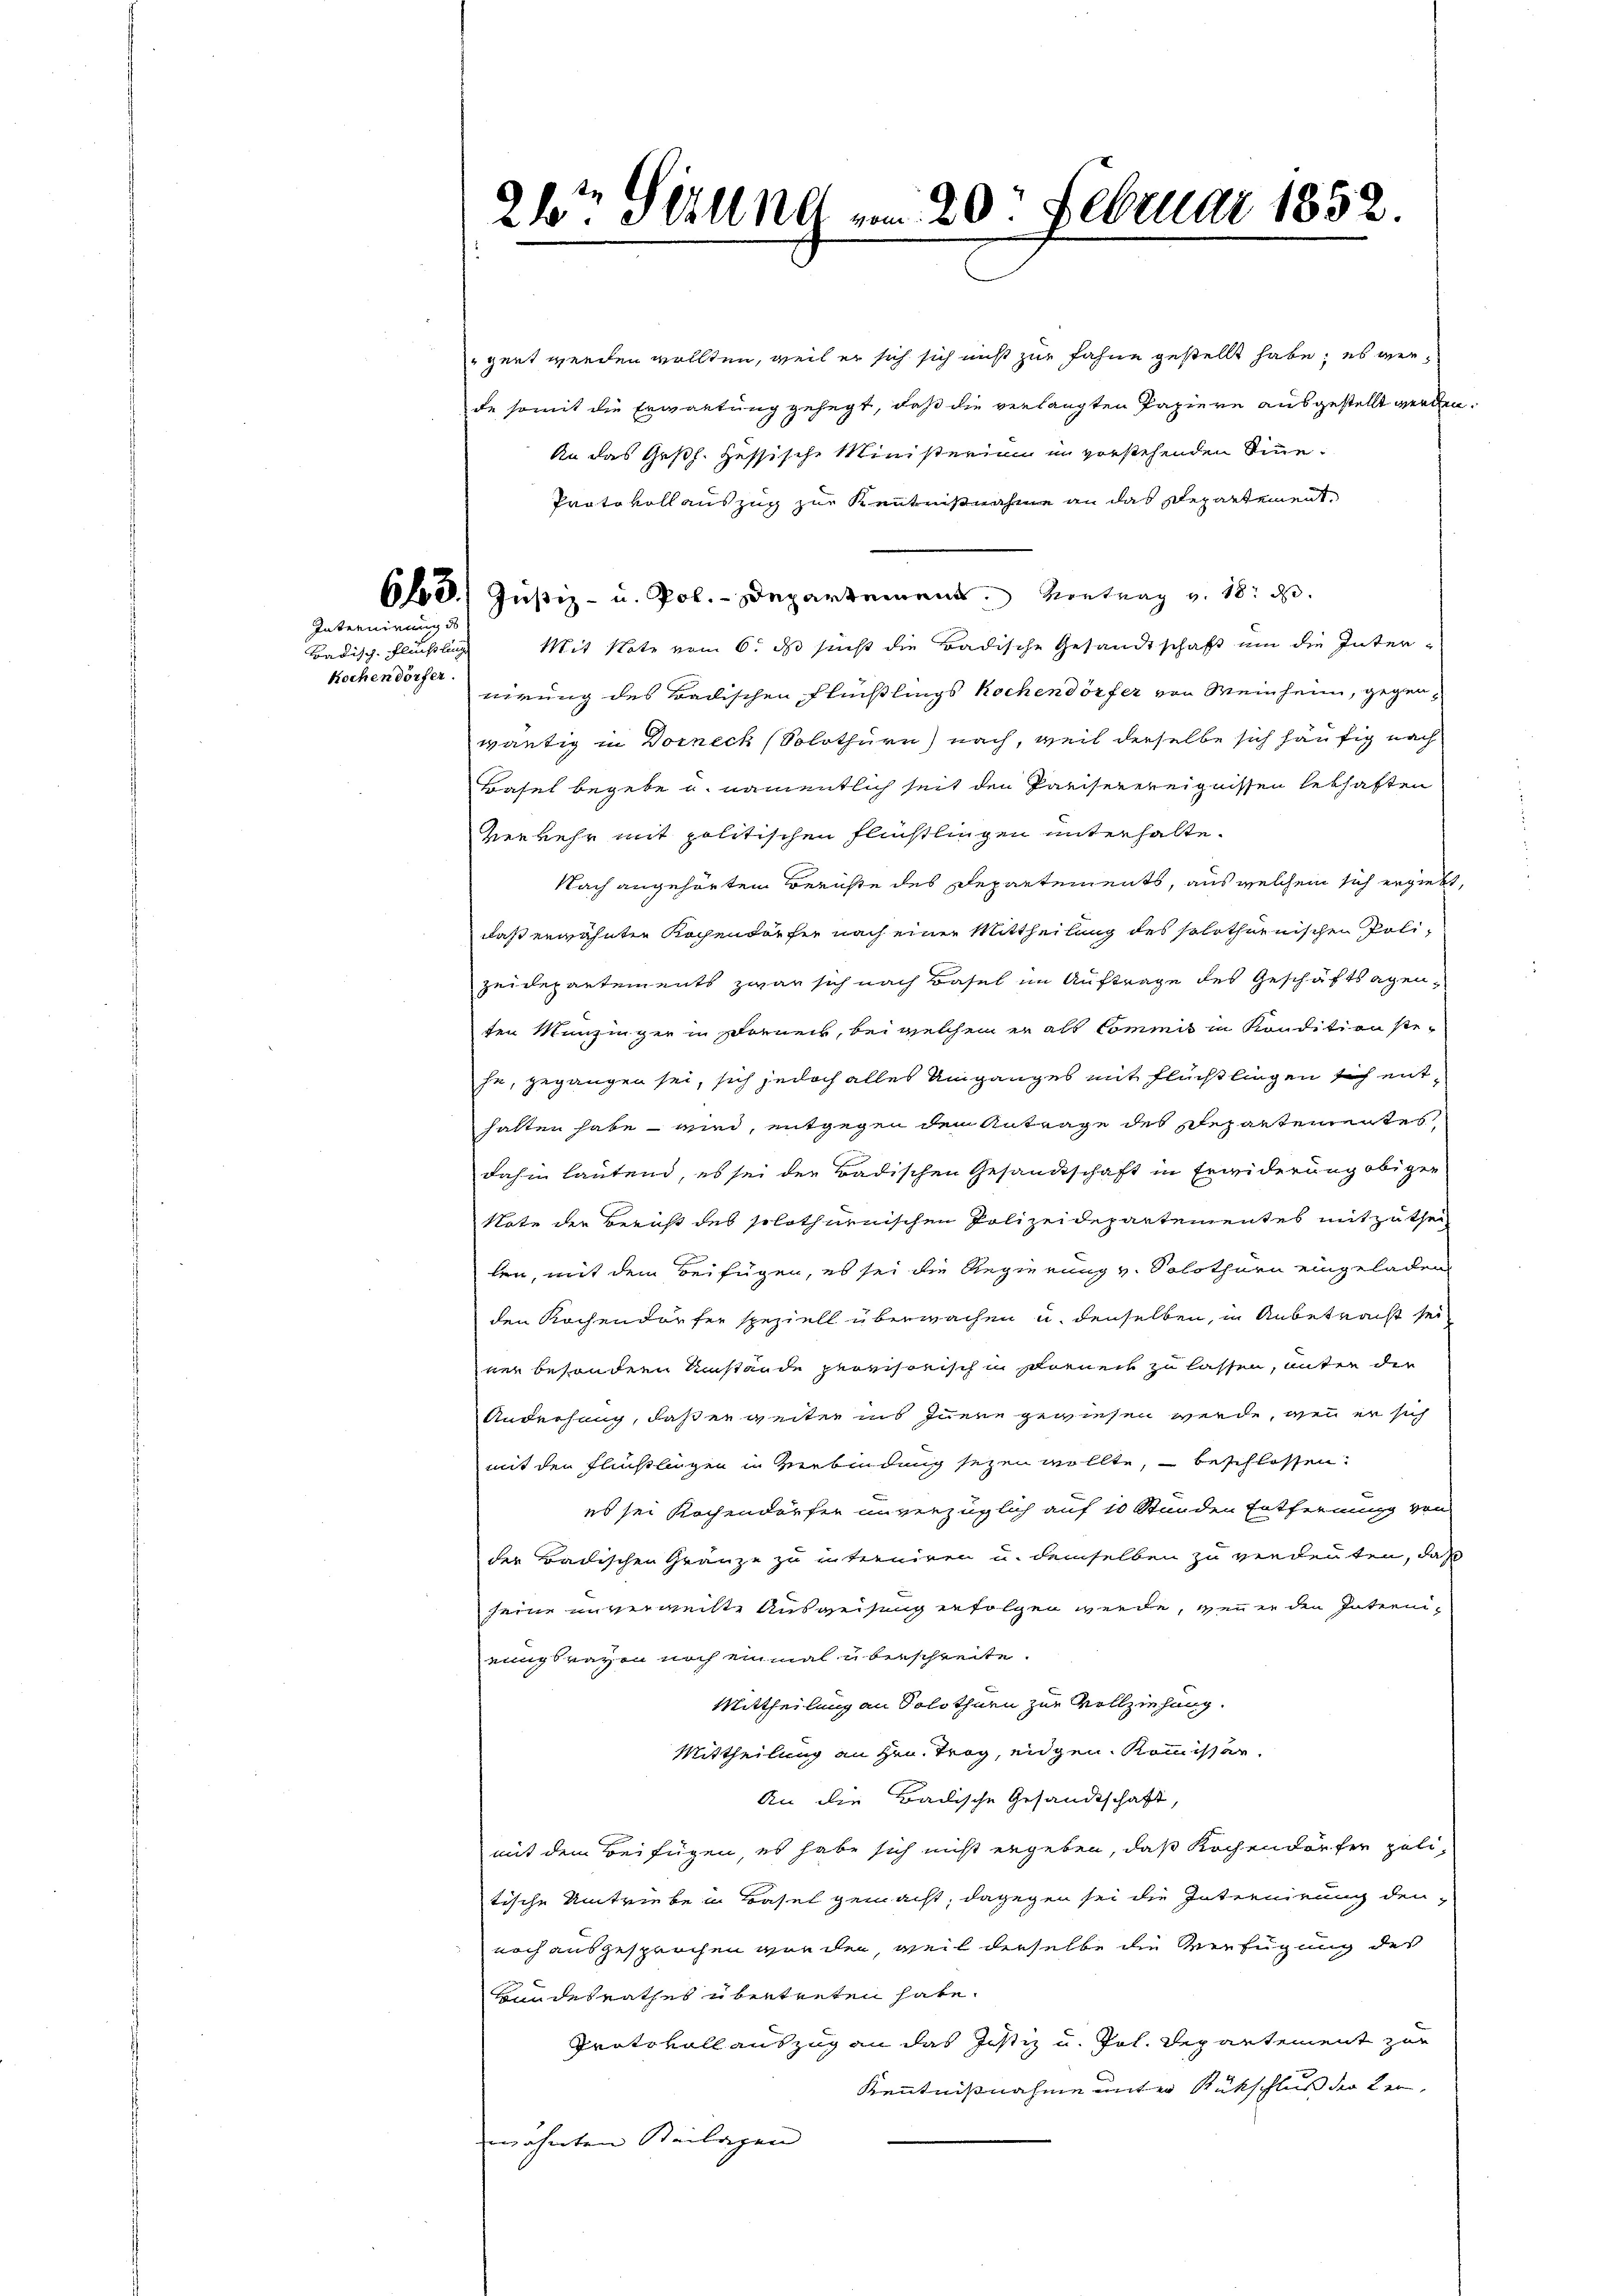
Internirung

Badisch- Flüchtling
kochen dörfer.

24t Sizung am 20. Februar 1852.

gert werden wollten, weil er sich sich nicht zur Fahne gestellt habe; es verde somit die Erwartung gehegt, daß die verlangten Papiere ausgestellt werden.
An das Ges. Hessische Ministerium in vorstehenden Sinne¬
Proto voll auszug zur Kenntnißnahme an das Departement
68.) Justiz- u. Pol. - Departement Kontrag v. 18. d.
Mit Note vom 6. ds sucht die Badische Gesandtschaft um die Internirung des Badischen Flüßlings kochen dörfer von Meinheim, gegenwärtig in Dorneck (Solothurn) nach, weil derselbe sich häufig nach
Basel begebe u. namentlich seit den Parisevereignissen lebhaften
verkehr mit politischen Flüchtlingen unterhalte.
Nach angehörtem Berichte des Departements, aus welchem sich ergiebt,
daß erwähnten Kochendorfer nach einen Mittheilung des solothurnischen Polizeidepartements zwar sich nach Basel im Auftrage des Geschäftsagenten Munzinger in schieners, bei welchen in als Commis in Kondition steje, gegangen sei, sich jedoch alles Umganges mit Flüchtlingen sich enthatten habe wird, entgegen dem Antrage des separtementes
dahin lautend, es sei der Badischen Gesandtschaft in Erwiderung obigen
Note der Bericht des solothurnischen Polizeidepartementes mitzutheil
len, mit dem Beifügen, es sei die Regierung v. Solothurn eingeladen
den Kochendörfer speziell überwachen u. denselben, in Anbetracht sei
ner besondern Umstände provisorisch in Sarneck zu lassen, unter der
Androhung, daß er weiter ins Innere gewiesen werde, wenn er sich
mit den Flüchtlagen in Verbindung sezen wollte, beschlossen.
es sei Kochendorfen unverzüglich auf 10 Stunden Entfernung von
der Badischen Gränze zu interniren u. demselben zu verdeuten, daß
seine unvergeiste Ausweisung erfolgen werde, wenn in den Internieungsraven noch einmal überschreite.
Mittheilung an Solothurn zur Vollziehung.
Mittheilung an Hrn. Trag, eigen Kommissar.
An die Badische Gesandtschaft,
mit dem Beifügen, es habe sich nicht ergeben, daß Kochendörfer politische Umtriebe in Basel gemacht, dagegen sei die Internirung den
noch ausgesprochen worden, weil derselbe die Verfügung des
Bundesrathes übertreten hate.
Protokoll auszug an das Justiz u. Joh. Departement zur
Kenntnißnahme unter Rückschluß der Kerwähnten Beilagen